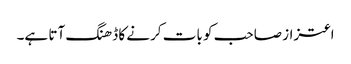
اعتزاز صاحب کو بات کرنے کا ڈھنگ آتا ہے۔